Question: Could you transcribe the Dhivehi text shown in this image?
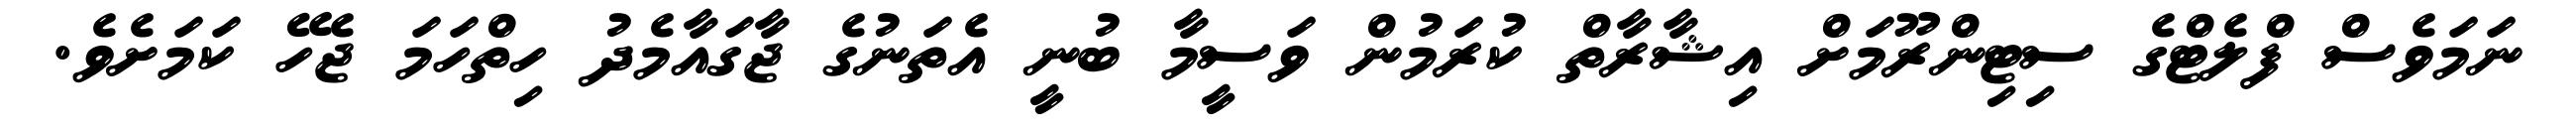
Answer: ނަމަވެސް ފްލެޓްގެ ސިޓިންރޫމަށް އިޝާރާތް ކުރަމުން ވަސީމާ ބުނީ އެތަނުގެ ޖާގައާމެދު ހިތްހަމަ ޖެހޭ ކަމަށެވެ.